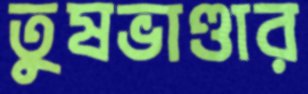
তুষভাণ্ডার